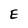
Character: E